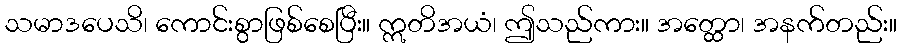
သမာဒပေသိ၊ ကောင်းစွာဖြစ်စေပြီး။ ဣတိအယံ၊ ဤသည်ကား။ အတ္ထော၊ အနက်တည်း။